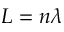
L = n \lambda